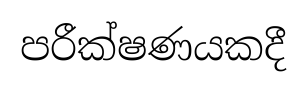
පරීක්ෂණයකදී